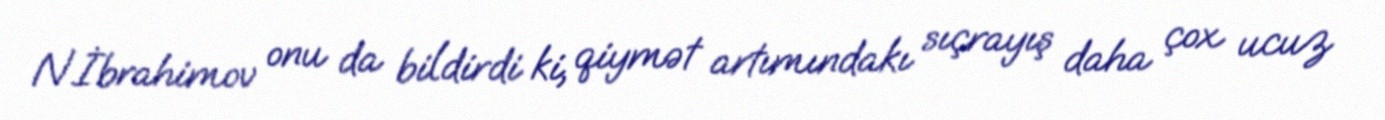
N.İbrahimov onu da bildirdi ki, qiymət artımındakı sıçrayış daha çox ucuz